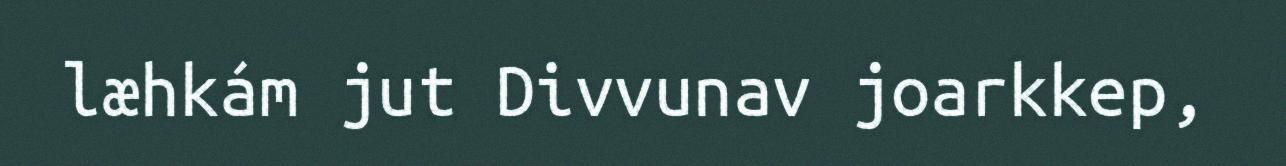
læhkám jut Divvunav joarkkep,